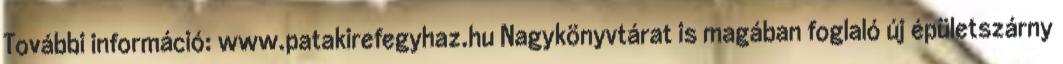
További információ: www.patakirefegyhaz.hu Nagykönyvtárat is magában foglaló új épületszárny